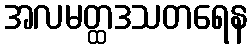
အလမတ္ထဒသတရေန